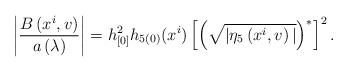
\begin{align*}\left| \frac{B\left( x^{i},v\right)}{a\left( \lambda \right)} \right|=h_{[0]}^{2}h_{5(0)}(x^{i}) \left[ \left( \sqrt{|\eta _{5}\left(x^{i},v\right) |}\right) ^{\ast }\right] ^2.\end{align*}